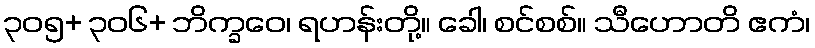
၃၀၅+ ၃၀၆+ ဘိက္ခဝေ၊ ရဟန်းတို့။ ခေါ၊ စင်စစ်။ သီဟောတိ ဧကံ၊